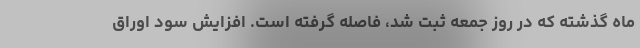
ماه گذشته که در روز جمعه ثبت شد، فاصله گرفته است. افزایش سود اوراق